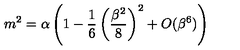
m ^ { 2 } = \alpha \left( 1 - \frac { 1 } { 6 } \left( \frac { \beta ^ { 2 } } { 8 } \right) ^ { 2 } + O ( \beta ^ { 6 } ) \right)